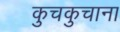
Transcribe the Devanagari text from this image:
कुचकुचाना